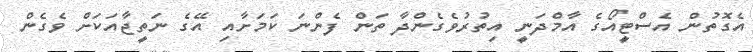
އެގޮތުން އެސްޓީއޯގެ އާމްދަނީ އިތުރުވެގެންދާ ތަން ފެންނަ ކަމަށާއި އޭގެ ނަތީޖާއަކަށް ވެގެން